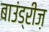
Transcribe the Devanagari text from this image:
बाउंड्रीज़